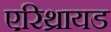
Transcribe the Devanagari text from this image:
एरिथ्रायड